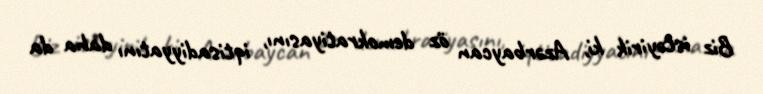
Biz istəyirik ki, Azərbaycan öz demokratiyasını, iqtisadiyyatını daha da